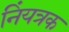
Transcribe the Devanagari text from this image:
निंयत्रक